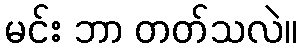
မင်း ဘာ တတ်သလဲ။